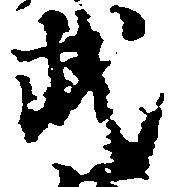
武